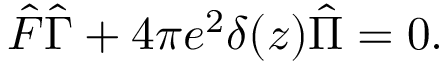
\begin{array} { r } { \hat { F } \hat { \Gamma } + 4 \pi e ^ { 2 } \delta ( z ) \hat { \Pi } = 0 . } \end{array}